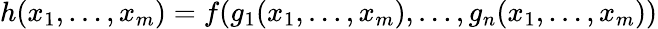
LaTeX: h(x_{1},\ldots,x_{m})=f(g_{1}(x_{1},\ldots,x_{m}),\ldots,g_{n}(x_{1},\ldots,x_{m}))